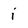
Character: i